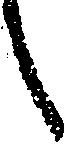
之